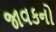
જાવકનો